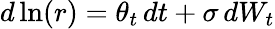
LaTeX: d\ln(r)=\theta_{t}\, dt+\sigma\, dW_{t}